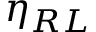
\eta _ { R L }